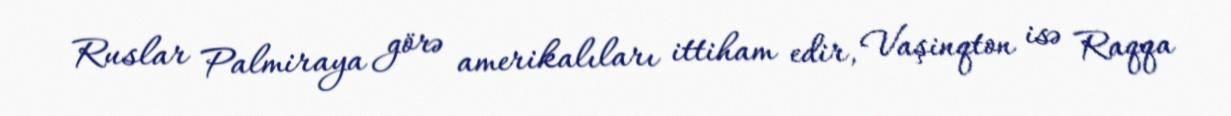
Ruslar Palmiraya görə amerikalıları ittiham edir, Vaşinqton isə Raqqa